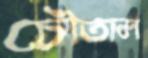
চৌতাল